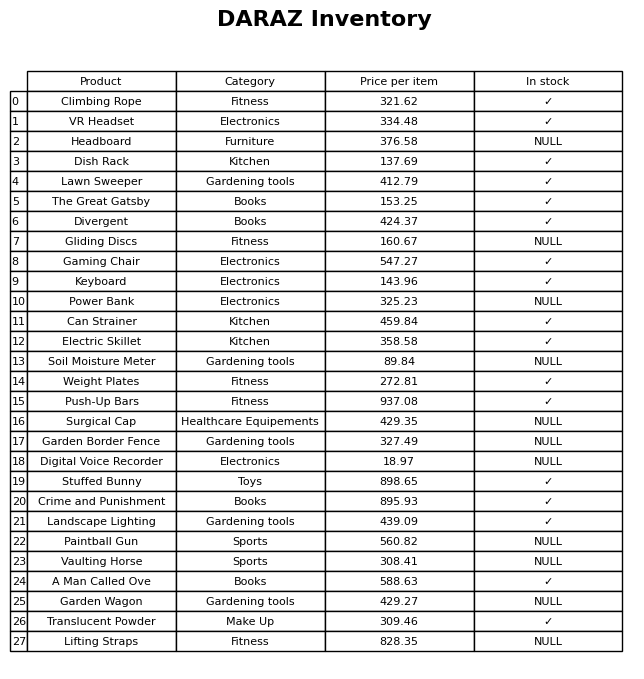
question: Which products are currently out of stock?
answer: Headboard, Gliding Discs, Power Bank, Soil Moisture Meter, Surgical Cap, Garden Border Fence, Digital Voice Recorder, Paintball Gun, Vaulting Horse, Garden Wagon, Lifting Straps